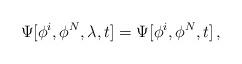
LaTeX: \begin{align*}\Psi[\phi^i ,\phi^N ,\lambda , t] = \Psi[\phi^i ,\phi^N , t]\, ,\end{align*}